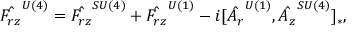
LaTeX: \hat { F _ { r z } } ^ { U ( 4 ) } = \hat { F _ { r z } } ^ { S U ( 4 ) } + \hat { F _ { r z } } ^ { U ( 1 ) } - i [ \hat { A _ { r } } ^ { U ( 1 ) } , \hat { A _ { z } } ^ { S U ( 4 ) } ] _ { * } ,